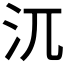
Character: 𣲍